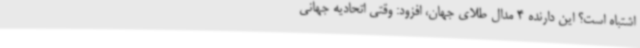
اشتباه است؟ این دارنده 4 مدال طلای جهان، افزود: وقتی اتحادیه جهانی